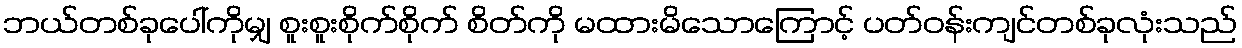
ဘယ်တစ်ခုပေါ်ကိုမျှ စူးစူးစိုက်စိုက် စိတ်ကို မထားမိသောကြောင့် ပတ်ဝန်းကျင်တစ်ခုလုံးသည်